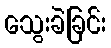
သွေးခဲခြင်း